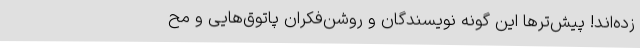
زده‌اند! پیش‌ترها این گونه نویسندگان و روشن‌فکران پاتوق‌هایی و مح